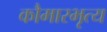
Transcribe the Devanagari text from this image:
कौमारभृत्‍य